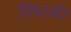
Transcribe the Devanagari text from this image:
विधाकी